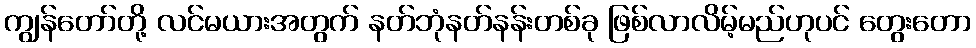
ကျွန်တော်တို့ လင်မယားအတွက် နတ်ဘုံနတ်နန်းတစ်ခု ဖြစ်လာလိမ့်မည်ဟုပင် တွေးတော